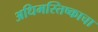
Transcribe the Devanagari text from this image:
अधिमस्तिष्काचा